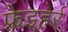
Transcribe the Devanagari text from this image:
फ्रेइहेर्र